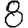
Digit: 8